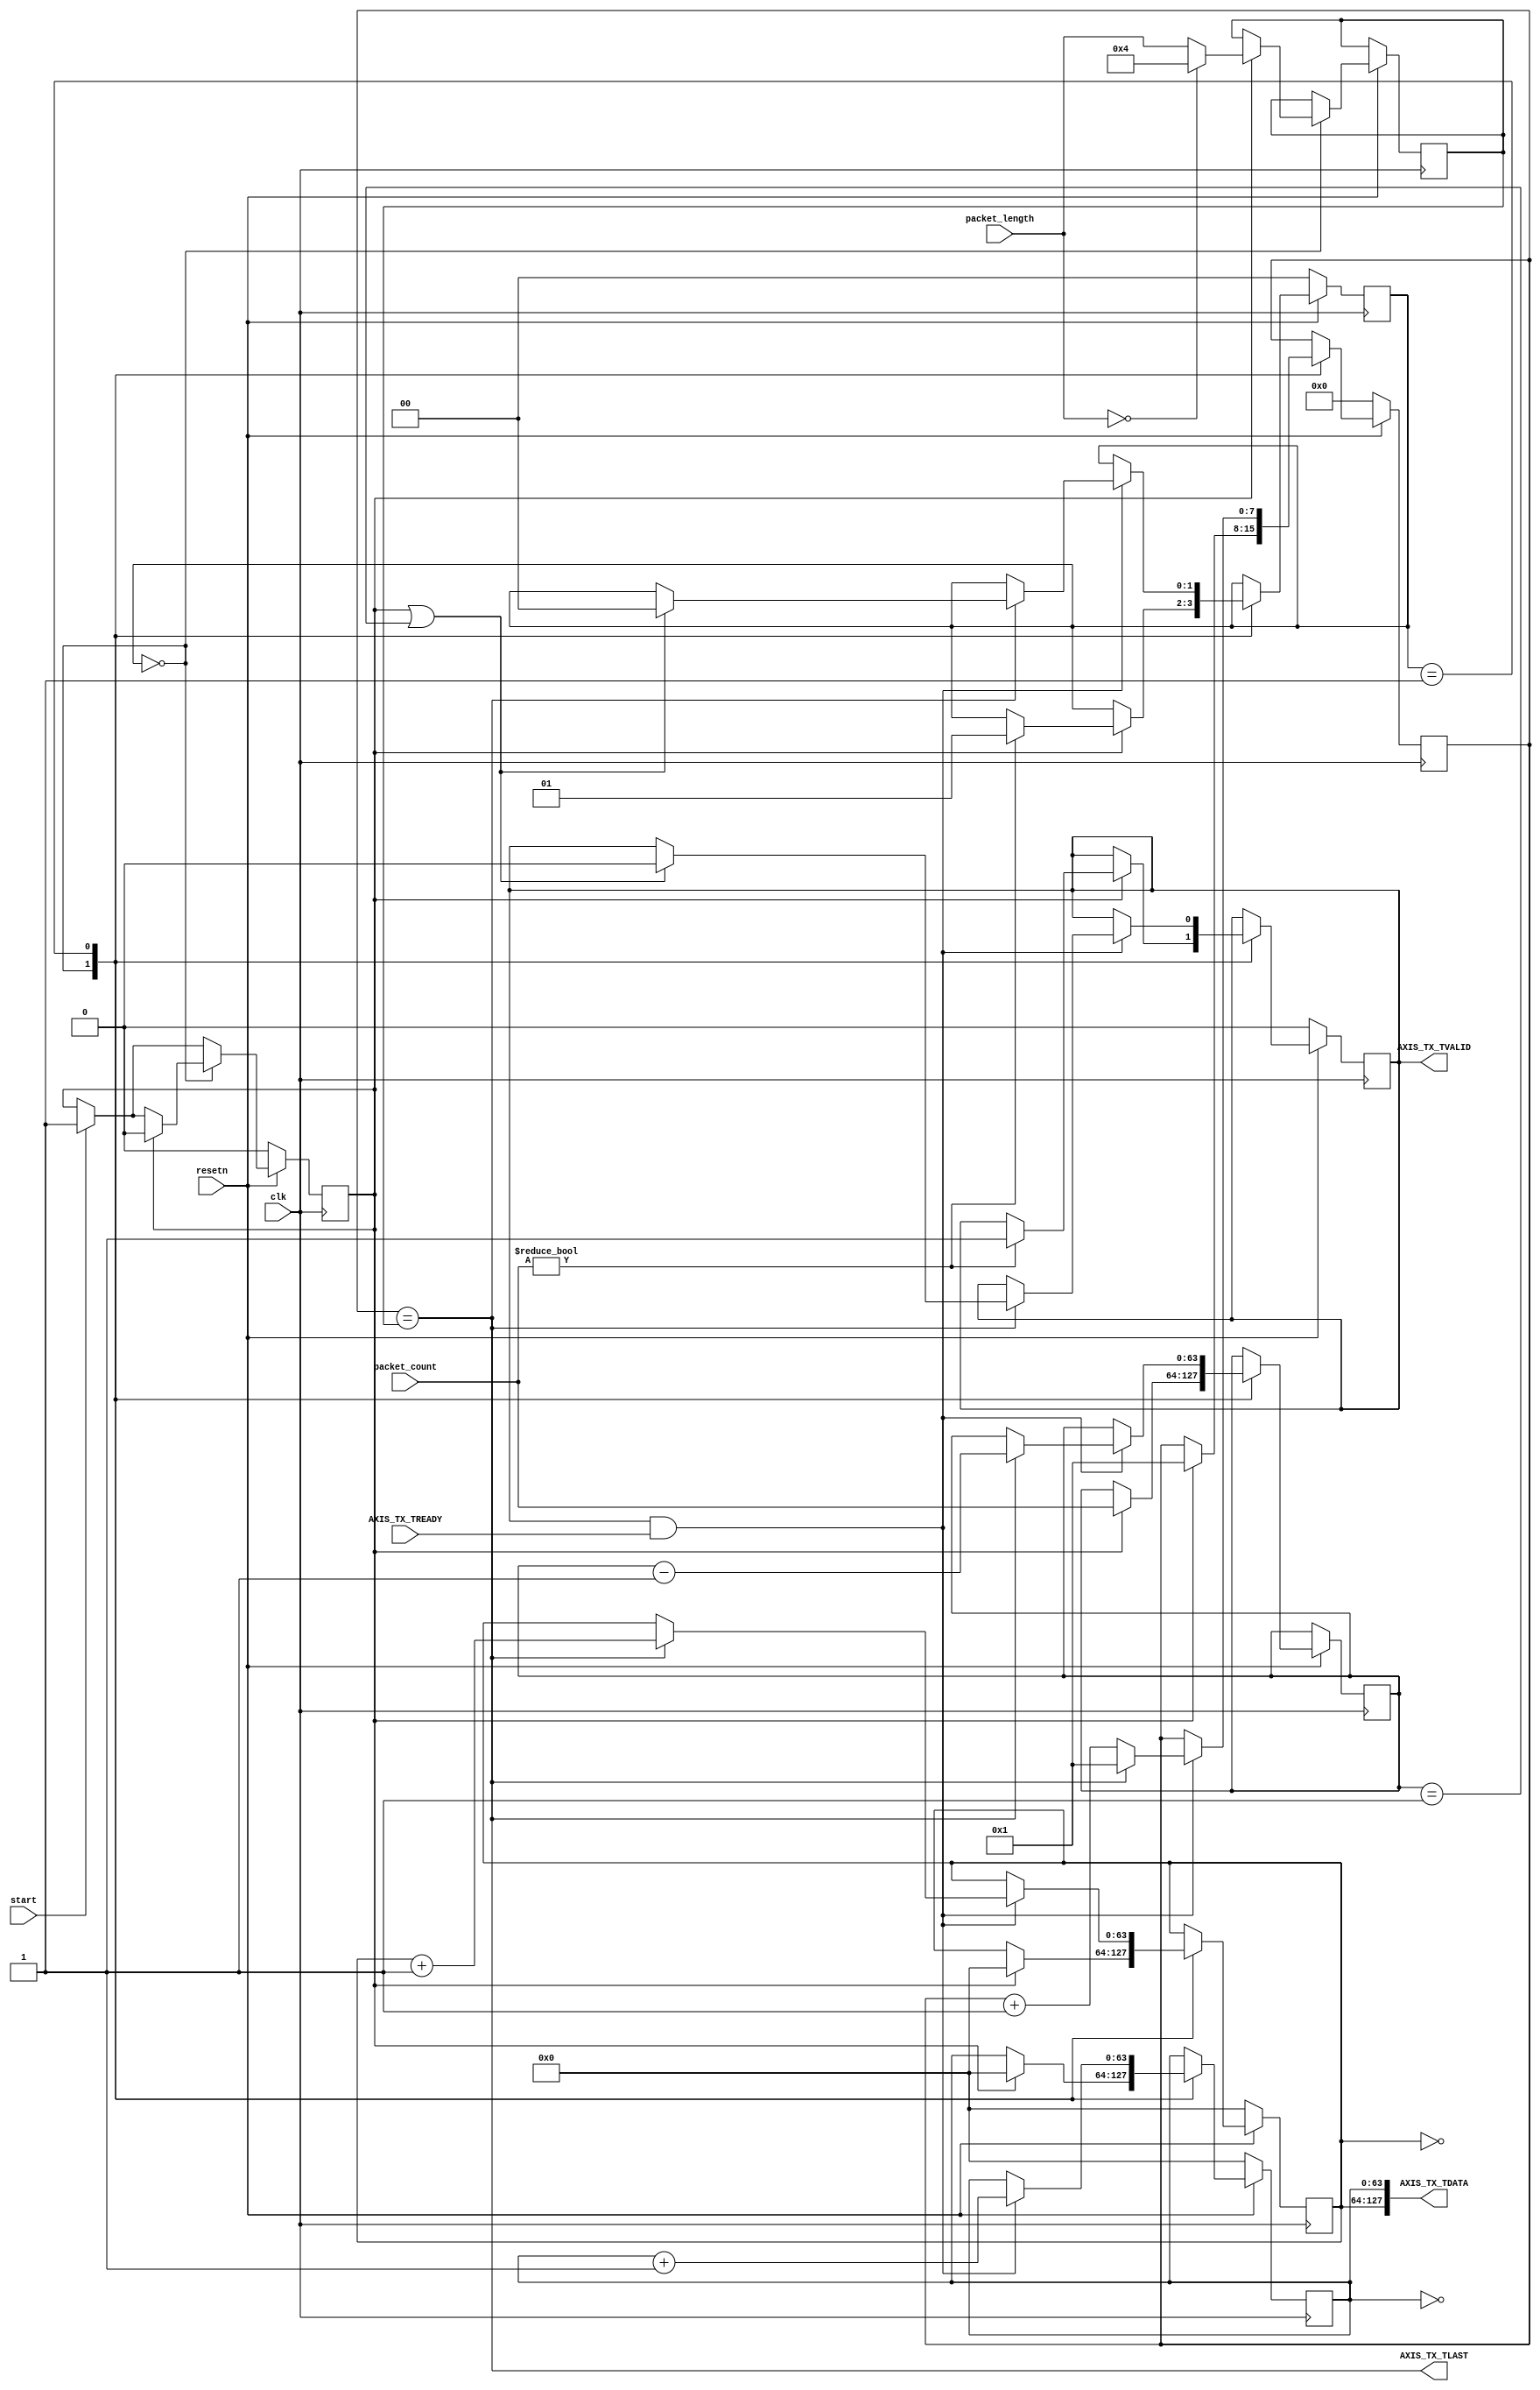
//====================================================================================
//                        ------->  Revision History  <------
//====================================================================================
//
//   Date     Who   Ver  Changes
//====================================================================================
// 04-Oct-22  DWW  1000  Initial creation
//====================================================================================

module data_generator
(
    input clk, resetn,

    input[63:0] packet_count,
    input[7:0]  packet_length,
    input       start,

    //===============  AXI Stream interface for outputting data ================
    output [511:0] AXIS_TX_TDATA,
    output reg     AXIS_TX_TVALID,
    output         AXIS_TX_TLAST,
    input          AXIS_TX_TREADY
    //==========================================================================
 );




reg[ 1:0] fsm_state;            // State of the state machine
reg[ 7:0] latched_pl;           // Packet length, latched 
reg[ 7:0] cycle_index;          // Counts continuously from 1 to 'latched_pl'
reg[63:0] packet_num;           // Current packet number being transmitted
reg[63:0] counter;              // Count of data-cycles transmitted
reg[63:0] packets_remaining;    // How many packets remain to be transmitted?
reg       restart;              // When this is 1, a new batch of packets gets sent

// This is high on any data-cycle that is the last data-cycle of the packet
wire eop = (cycle_index == latched_pl);

// Fill in the packet data
assign AXIS_TX_TDATA[0   +: 64] = counter;
assign AXIS_TX_TDATA[64  +: 64] = packet_num;
assign AXIS_TX_TDATA[384 +: 64] = ~packet_num;
assign AXIS_TX_TDATA[448 +: 64] = ~counter;
assign AXIS_TX_TLAST            = eop;


always @(posedge clk) begin


    if (resetn == 0) begin
        counter        <= 0;
        packet_num     <= 0;
        cycle_index    <= 0;
        AXIS_TX_TVALID <= 0;
        fsm_state      <= 0;
        restart        <= 0;
    end else begin    

        // If the "start" line goes high, we're going to to restart packet
        // transmission as soon as the current packet is finished transmitting.
        if (start) restart <= 1;

        case(fsm_state)

        // If we're starting a new set of packet transmissions...
        0:  if (restart) begin
                restart           <= 0;
                packet_num        <= 0;
                counter           <= 0;
                cycle_index       <= 1;            
                packets_remaining <= packet_count;
                latched_pl        <= (packet_length == 0) ? 4 : packet_length;
                if (packet_count) begin
                    fsm_state      <= 1;
                    AXIS_TX_TVALID <= 1;
                end
            end 

        // If the most recent data-cycle was accepted by the receiver...
        1:  if (AXIS_TX_TVALID & AXIS_TX_TREADY) begin
         
                // If this was the last data-cycle of the packet...
                if (eop) begin
                    
                    // If this was the last packet (or we're restarting)...                    
                    if (restart || packets_remaining == 1) begin
                        AXIS_TX_TVALID <= 0;
                        fsm_state      <= 0;
                    end
                    
                    // There is one fewer packets remaining
                    packets_remaining  <= packets_remaining - 1;
                    
                    // Increment the packet number
                    packet_num  <= packet_num + 1;
                end
                
                // "cycle_index" continously counts from 1 to 'latched_pl'.
                if (cycle_index == latched_pl)
                    cycle_index <= 1;
                else
                    cycle_index <= cycle_index + 1;

                // Counter increases on each data-cycle we transfer
                counter <= counter + 1;
            end
         
        endcase

    end


end


endmodule